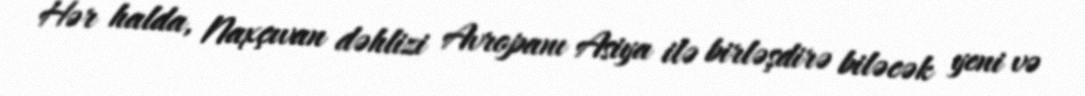
Hər halda, Naxçıvan dəhlizi Avropanı Asiya ilə birləşdirə biləcək yeni və